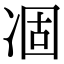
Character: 凅